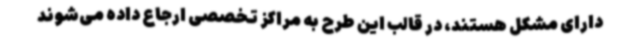
دارای مشکل هستند، در قالب این طرح به مراکز تخصصی ارجاع داده می‌شوند